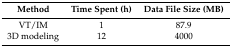
<table><thead><tr><td><b>Method</b></td><td><b>Time Spent (h)</b></td><td><b>Data File Size (MB)</b></td></tr></thead><tbody><tr><td>VT/IM</td><td>1</td><td>87.9</td></tr><tr><td>3D modeling</td><td>12</td><td>4000</td></tr></tbody></table>